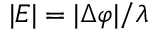
| E | = | \Delta \varphi | / \lambda